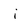
Character: i